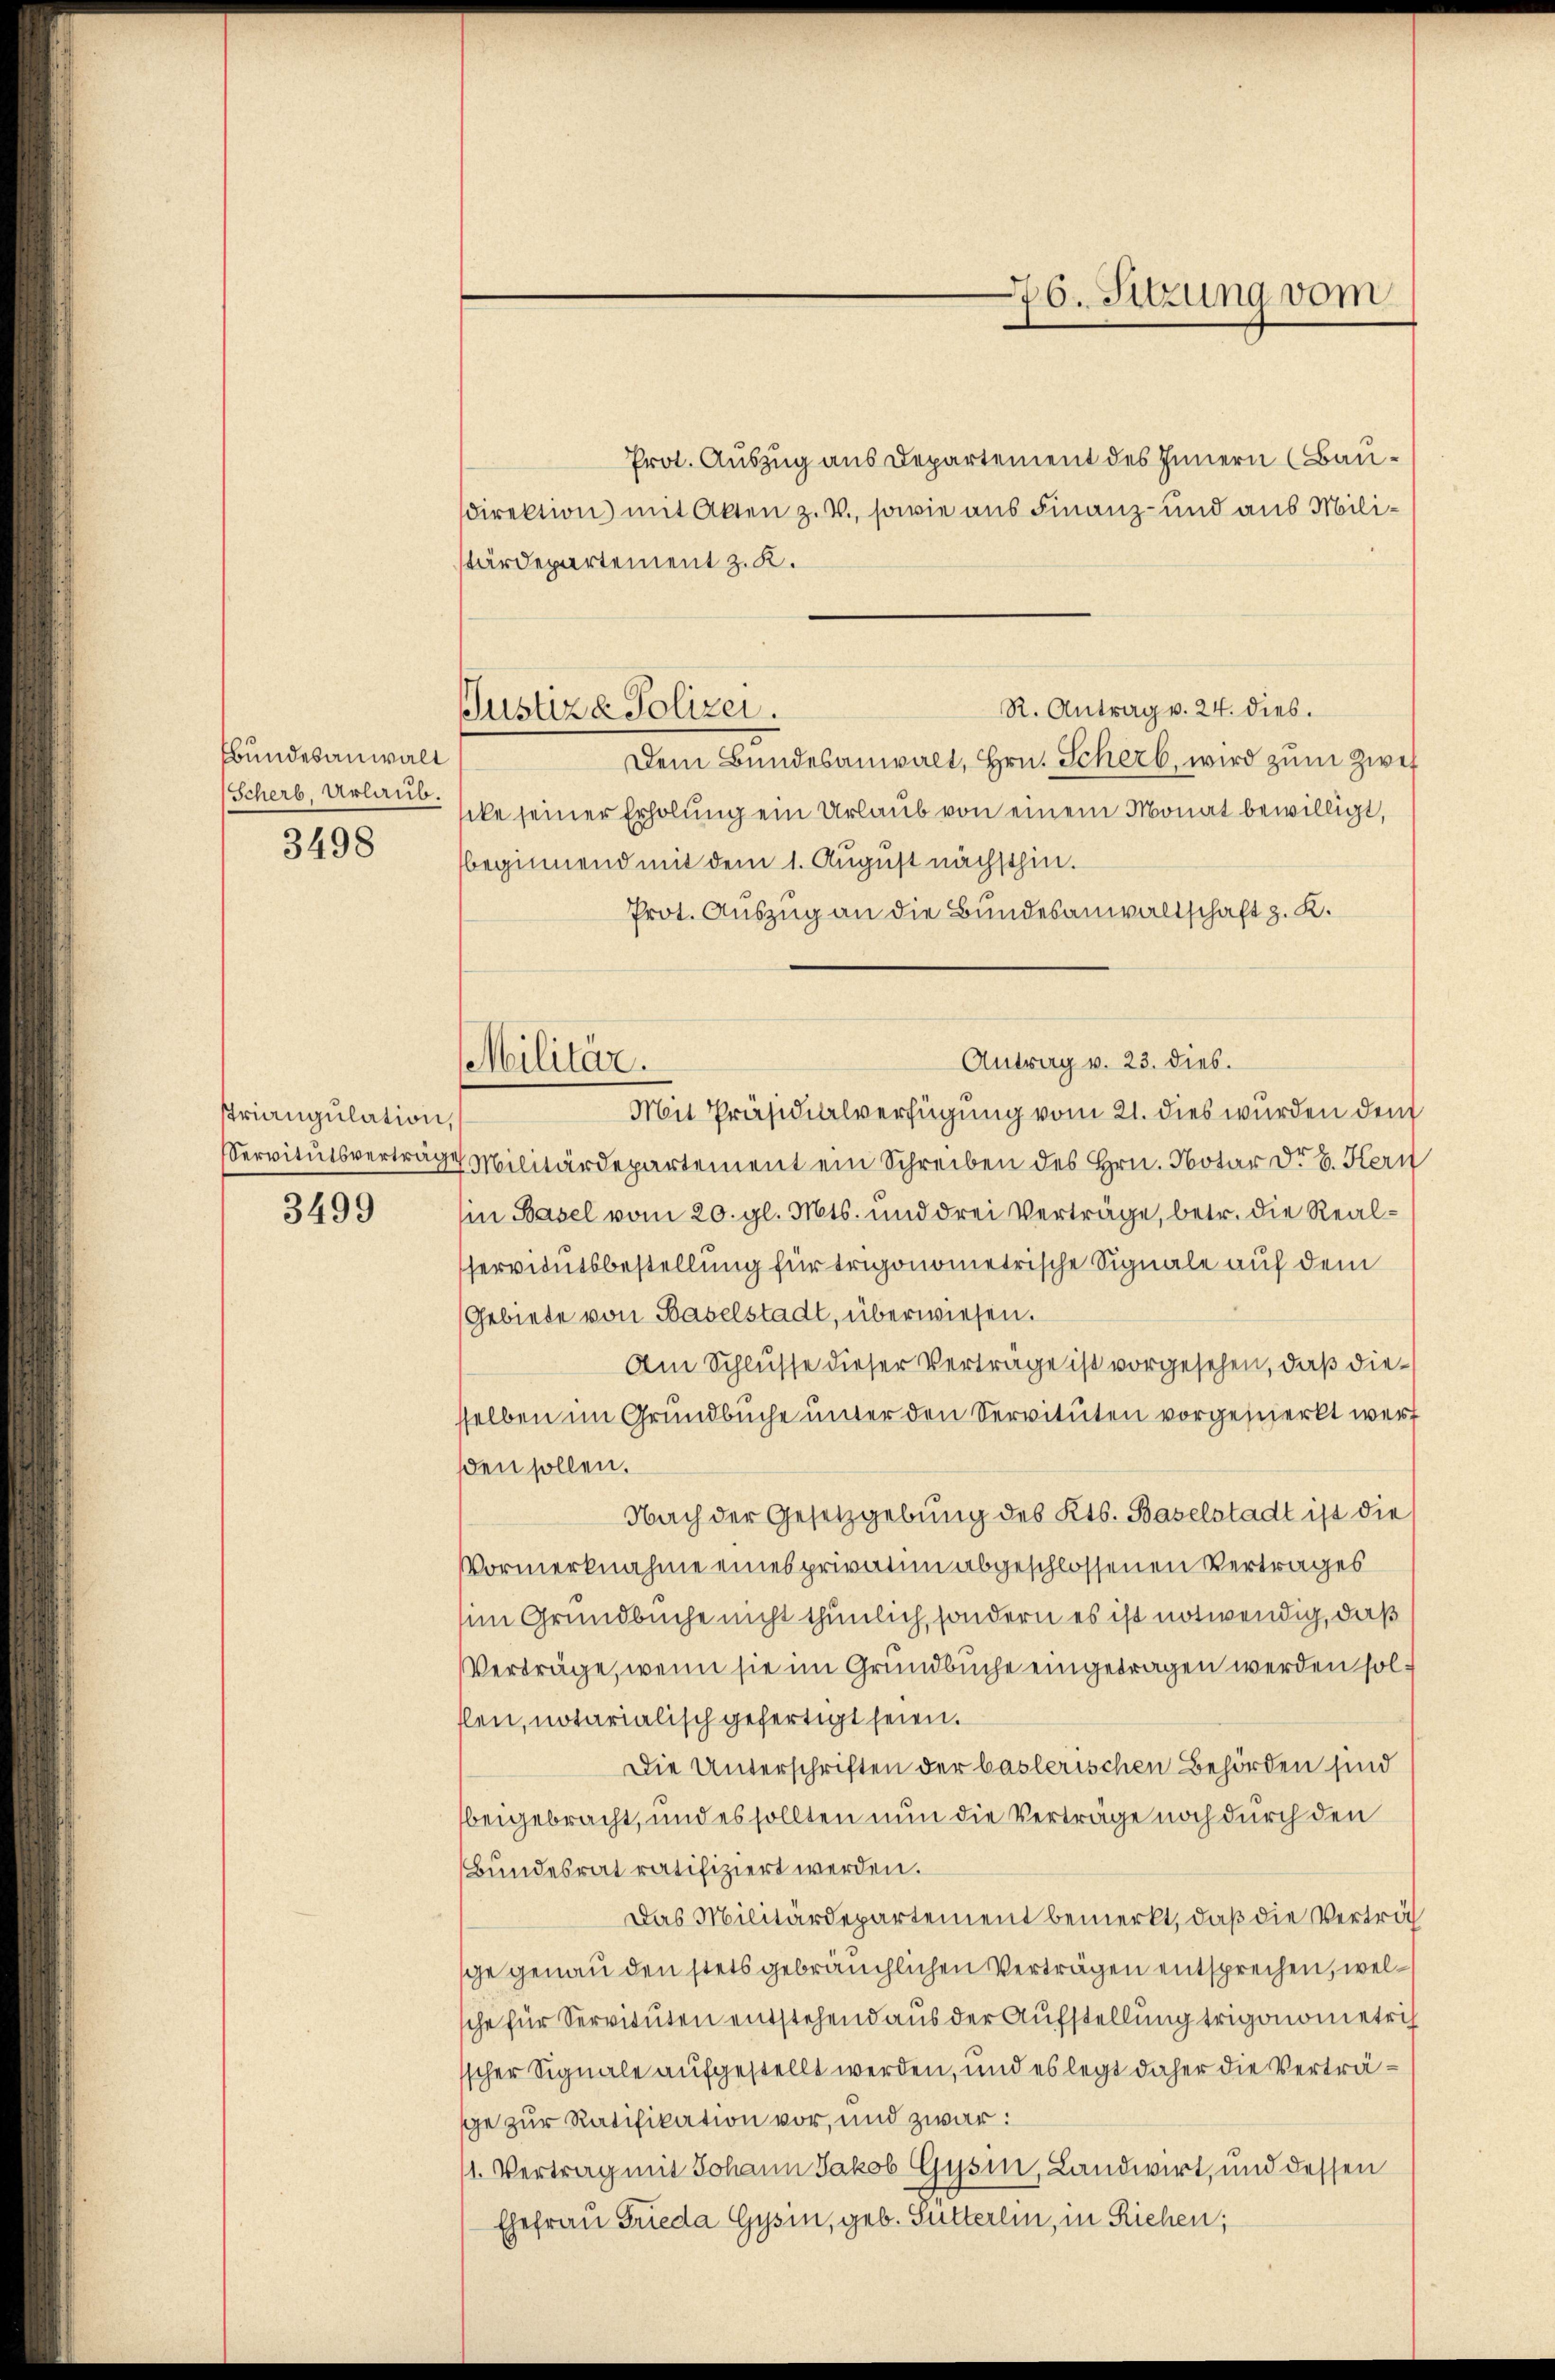
bundesanwalt
Scherb, Urlaub.
3498

striangulation,
Servitutsverträge
3499

Justiz- Polizei.

Militar.

Prot. Auszug aus Departement des Innern (Baudirektion mit Akten z. B., sowie aus Finanz- und aus Milistärdepartement z. K.
R. Antrag v. 24. dies.
Dem Bundesanwalt, Hrn. Scherb, wird zum Zwei
cke seiner Erholung ein Urlaub von einem Monat bewilligt,
beginnend mit dem 1. August nächsthin.
Prot. Auszug an die Bundesanwaltschaft z. K.
Mit Präsidialverfügung vom 21. dies wurden dem
Militärdepartement ein Schreiben des Hrn. Notar d. 6. Hern
in Basel vom 20. gl. Mts. und drei Verträge, betr. die Realservitutsbestellung für trigonometrische Signale auf dem
Gebiete von Baselstadt, überwiesen.
Am Schlusse dieser Verträge ist vorgesehen, daß diesselben im Grundbuche unter den Servituten vorgemerkt werf
sden sollen.
Nach der Gesetzgebung des Kts. Baselstadt ist die
Vormerknahme eines privatim abgeschlossenen Vertrages
im Grundbuche nicht thunlich, sondern es ist notwendig, daß
Verträge, wenn sie im Grundbuche eingetragen werden solflen, notarialisch gefertigt seien.
Die Unterschriften der baslerischen Behörden sind
beigebracht, und es sollten nun die Verträge noch durch den
Bundesrat ratifiziert werden.
Das Militärdepartement bemerkt, daß die Verträg
sche genau den stets gebräuchlichen Verträgen entsprechen, welsche für Servituten entstehend aus der Aufstellung trigonometris
'scher Signale aufgestellt werden, und es legt daher die Verträge zur Ratifikation vor, und zwar:
1. Vertrag mit Johann Jakob Gysin, Landwirt, und dessen
Ehefrau Frieda Gysin, geb. Gutterlin, in Riehen;

Antrag v. 23. dies.

76. Sitzung vom